Plague in India, 1896, 1897 - Volume 3
Year: 1896
Disease focus: Plague
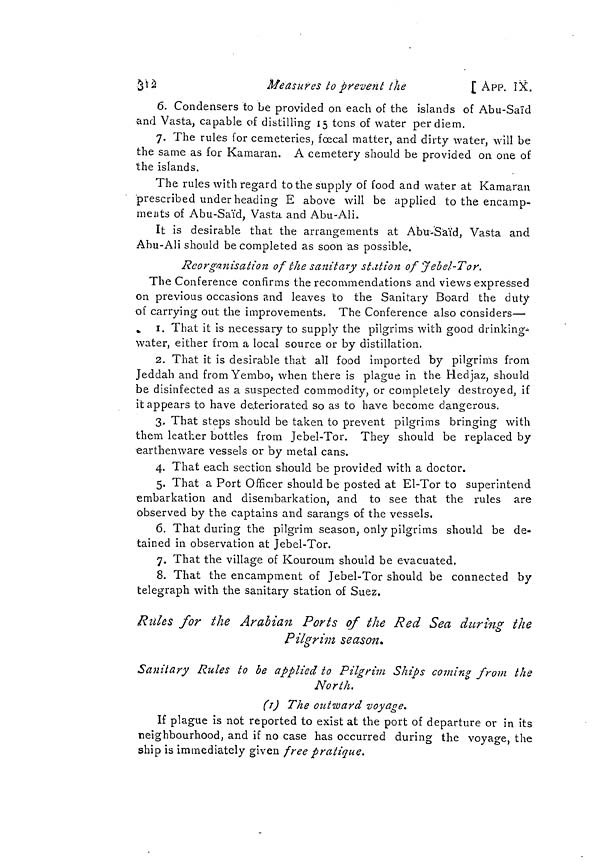
312
Measures to prevent the
[APP. IX.
6. Condensers to be provided on each of the islands of Abu-Saïd,ïd
and Vasta, capable of distilling 15 tons of water perdiem.
7. The rules for cemeteries, fæcal matter, and dirty water, will be
the same as for Kamaran. A cemetery should be provided on one of
the islands.
The rules with regard to the supply of food and water at Kamaran
prescribed under heading E above will be applied to the encamp-
ments of Abu-Saïd,ïd, Vasta and Abu-Ali.
It is desirable that the arrangements at Abu-Saïd,ïd, Vasta and
Abu-Ali should be completed as soon as possible.
Reorganisation of the sanitary station of Jebel-Tor.
The Conference confirms the recommendations and views expressed
on previous occasions and leaves to the Sanitary Board the duty
of carrying out the improvements. The Conference also considers—
1.
That it is necessary to supply the pilgrims with good drinking-
water, either from a local source or by distillation.
2. That it is desirable that all food imported by pilgrims from
Jeddah and fromYembo, when there is plague in the Hedjaz, should
be disinfected as a suspected commodity, or completely destroyed, if
it appears to have deteriorated so as to have become dangerous.
3. That steps should be taken to prevent pilgrims bringing with
them leather bottles from Jebel-Tor. They should be replaced by
earthenware vessels or by metal cans.
4. That each section should be provided with a doctor.
5. That a Port Officer should be posted at El-Tor to superintend
embarkation and disembarkation, and to see that the rules are
observed by the captains and sarangs of the vessels.
6. That during the pilgrim season, only pilgrims should be de-
tained in observation at Jebel-Tor.
7. That the village of Kouroum should be evacuated.
8. That the encampment of Jebel-Tor should be connected by
telegraph with the sanitary station of Suez.
Rules for the Arabian Ports of the Red Sea during the
Pilgrim season.
Sanitary Rules to be applied to Pilgrim Ships coming from the
North.
(1) The outward -voyage.
If plague is not reported to exist at the port of departure or in its
neighbourhood, and if no case has occurred during the voyage, the
ship is immediately given free pratique.